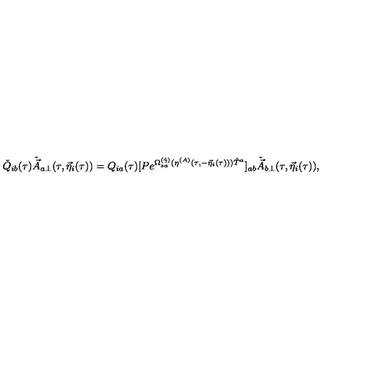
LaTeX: \check { Q } _ { i b } ( \tau ) \check { \vec { A } } _ { a \perp } ( \tau , { \vec { \eta } } _ { i } ( \tau ) ) = Q _ { i a } ( \tau ) [ P e ^ { \Omega _ { s a } ^ { ( \hat { \gamma } ) } ( \eta ^ { ( A ) } ( \tau , - { \vec { \eta } } _ { i } ( \tau ) ) ) { \hat { T } } ^ { a } } ] _ { a b } \check { \vec { A } } _ { b \perp } ( \tau , { \vec { \eta } } _ { i } ( \tau ) ) ,